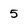
Character: 5